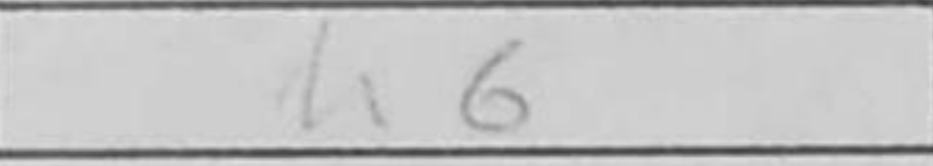
Transcription: h6